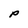
Character: P